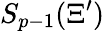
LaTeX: S_{p-1}(\Xi^{\prime})